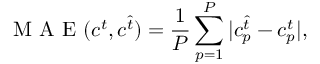
\mathrm { ~ M ~ A ~ E ~ } ( c ^ { t } , c ^ { \hat { t } } ) = \frac { 1 } { P } \sum _ { p = 1 } ^ { P } | c _ { p } ^ { \hat { t } } - c _ { p } ^ { t } | ,